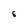
Character: 6